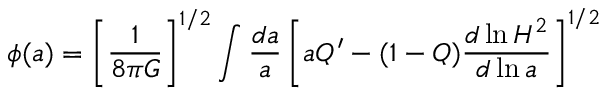
\phi ( a ) = \left[ \frac { 1 } { 8 \pi G } \right] ^ { 1 / 2 } \int \frac { d a } { a } \left[ a Q ^ { \prime } - ( 1 - Q ) \frac { d \ln H ^ { 2 } } { d \ln a } \right] ^ { 1 / 2 }